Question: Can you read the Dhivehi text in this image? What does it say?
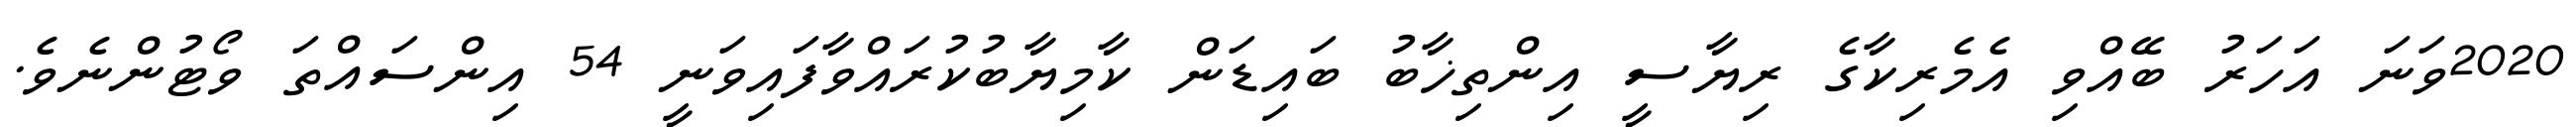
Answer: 2020ވަނަ އަހަރު ބޭއްވި އެމެރިކާގެ ރިޔާސީ އިންތިޚާބު ބައިޑަން ކާމިޔާބުކުރައްވާފައިވަނީ 54 އިންސައްތަ ވޯޓުންނެވެ.